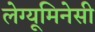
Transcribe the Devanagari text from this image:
लेग्यूमिनेसी